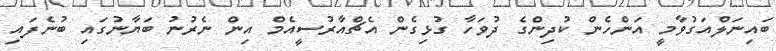
ބައިނަލްއަގުވާމީ އަންހެން ކުދިންގެ ދުވަހާ ގުޅިގެން އެޗްއާރުސީއެމް އިން ނެރުނު ބަޔާނުގައި ބުނެފައި